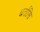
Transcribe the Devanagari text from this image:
धर्तासि